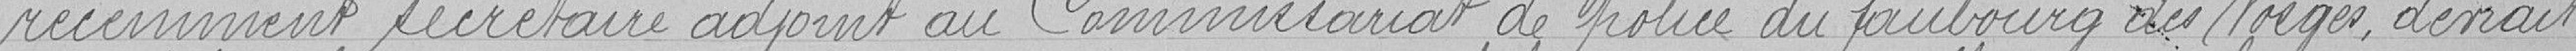
récemment secrétaire adjoint au Commissariat de police du faubourg des Vosges, devait